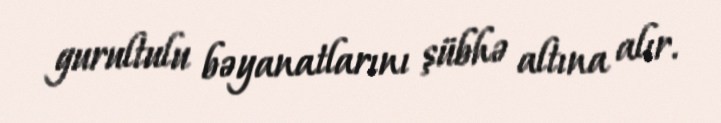
gurultulu bəyanatlarını şübhə altına alır.